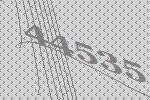
44535